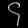
Digit: ၄